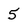
Character: 5